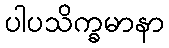
ပါပသိက္ခမာနာ